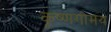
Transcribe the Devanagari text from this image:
कृष्णगोमय